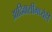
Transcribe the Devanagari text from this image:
आदिवासींमध्येही